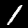
Label: 1